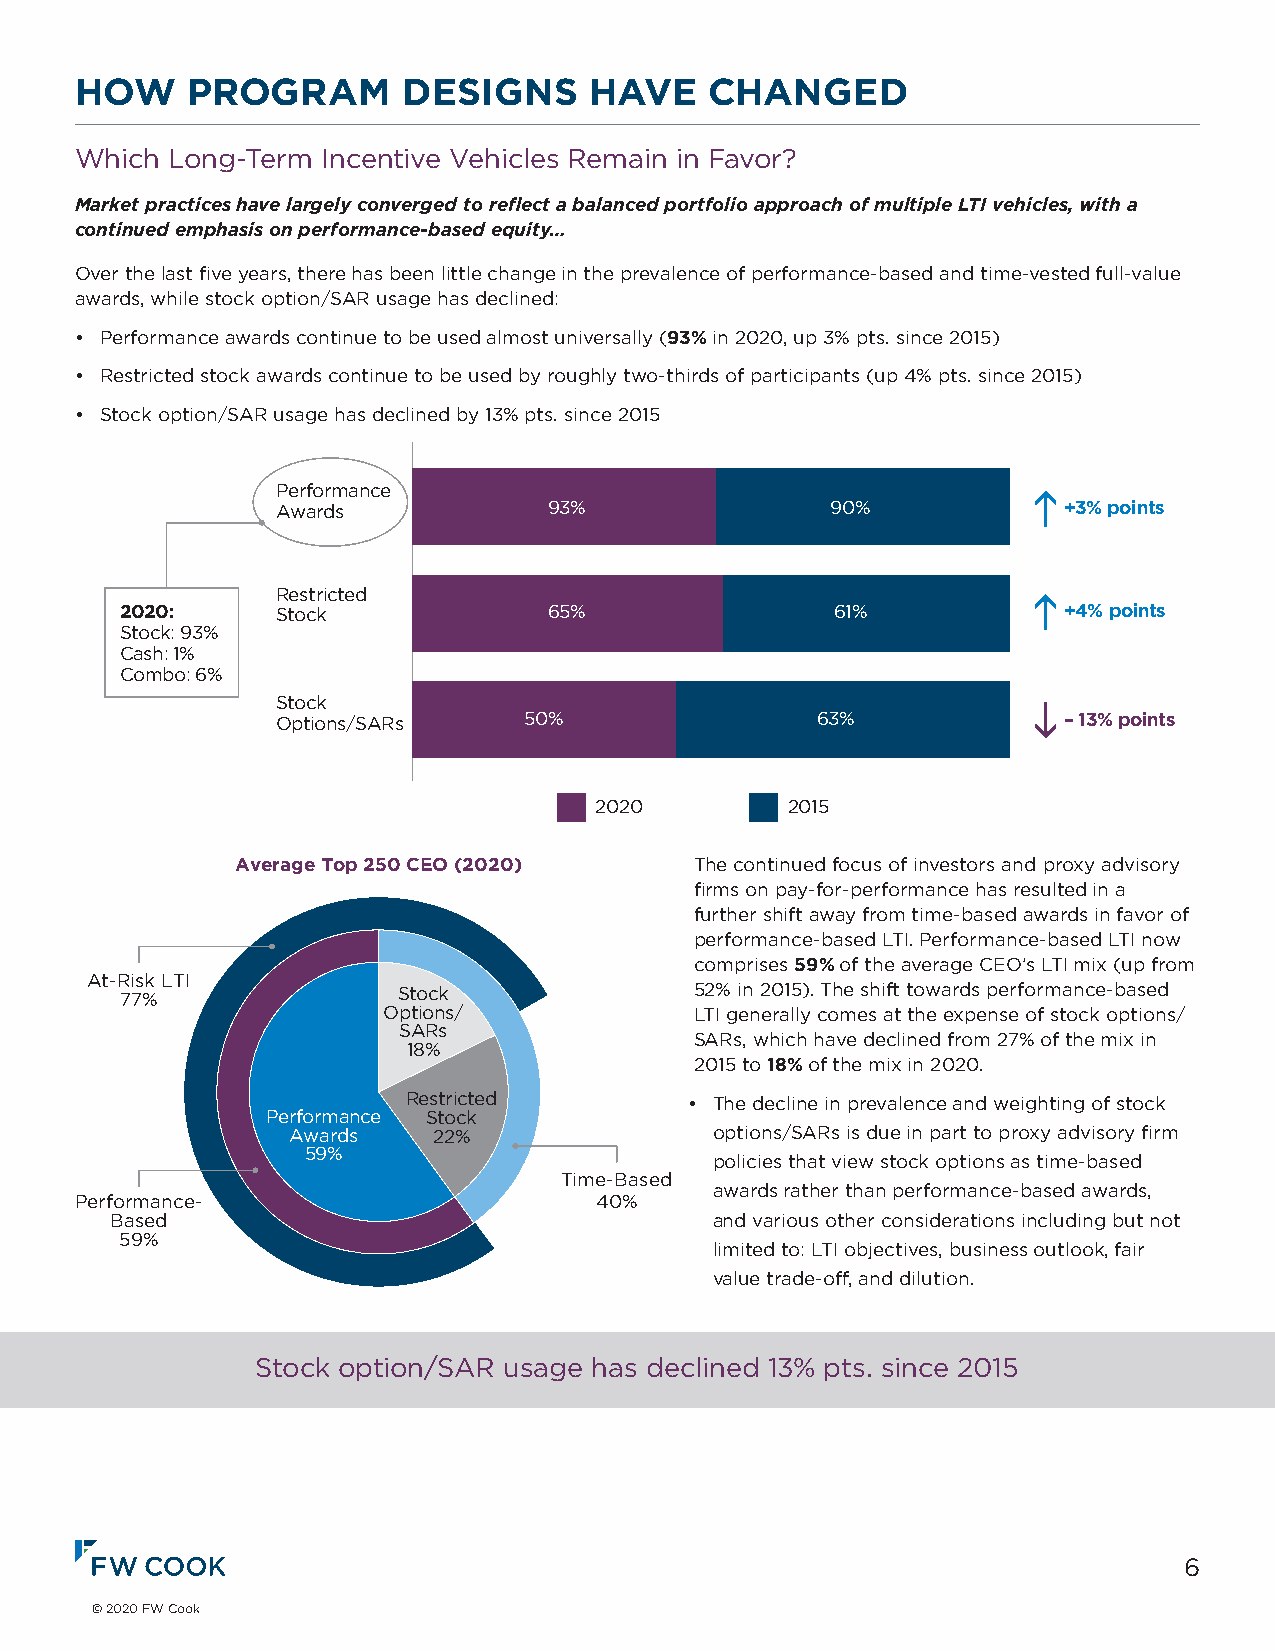
HOW    PROGRAM        DESIGNS     HAVE    CHANGED
 Performance
 Which LAwoanrdgs-Term Incentive 9 V3% ehicles Remain in Fa90 v% or? +3% points
 Market practices have largely converged to reflect a balanced portfolio approach of multiple LTI vehicles, with a
 continued Reemstprihcatesids on performance-based equity…
 2020:     Stock             65%                61%            +4% points
 Stock: 9O3v%er the last five years, there has been little change in the prevalence of performance-based and time-vested full-value
 Cash: 1%awards, while stock option/SAR usage has declined:
 Combo: 6%
 • PerformSatnoccek awards continue to be used almost universally (93% in 2020, up 3% pts. since 2015)
 Options/SARs     50%                63%             – 13% points
 • Restricted stock awards continue to be used by roughly two-thirds of participants (up 4% pts. since 2015)
 • Stock option/SAR usage has declined by 13% pts. since 2015
 2020         2015
 Performance
 Awards            93%                90%            +3% points
 Restricted
 2020:     Stock             65%                61%            +4% points
 Stock: 93%
 Cash: 1%
 Combo: 6%
 Stock
 Options/SARs     50%                63%             – 13% points
 2020         2015
 Average Top 250 CEO (2020)    The continued focus of investors and proxy advisory
 firms on pay-for-performance has resulted in a
 further shift away from time-based awards in favor of
 performance-based LTI. Performance-based LTI now
 comprises 59% of the average CEO’s LTI mix (up from
 At-Risk LTI
 Stock               52% in 2015). The shift towards performance-based
 77%
 Options/             LTI generally comes at the expense of stock options/
 SARs
 SARs, which have declined from 27% of the mix in
 18%
 2015 to 18% of the mix in 2020.
 Restricted         • The decline in prevalence and weighting of stock
 Performance Stock
 Awards    22%               options/SARs is due in part to proxy advisory firm
 59%
 policies that view stock options as time-based
 Time-Based
 awards rather than performance-based awards,
 Performance-                      40%
 Based           Average Top 250 CEO (2020) and various other considerations including but not
 59%
 limited to: LTI objectives, business outlook, fair
 value trade-off, and dilution.
 At-Risk LTI
 Stock
 77%Stock option/SAR usage has declined 13% pts. since 2015
 Options/
 SARs
 18%
 Restricted
 Performance Stock
 Awards    22%
 59%
 Time-Based
 Performance-                      40%                             6
 Based
 59%
 © 2020 FW Cook